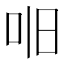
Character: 𫩥